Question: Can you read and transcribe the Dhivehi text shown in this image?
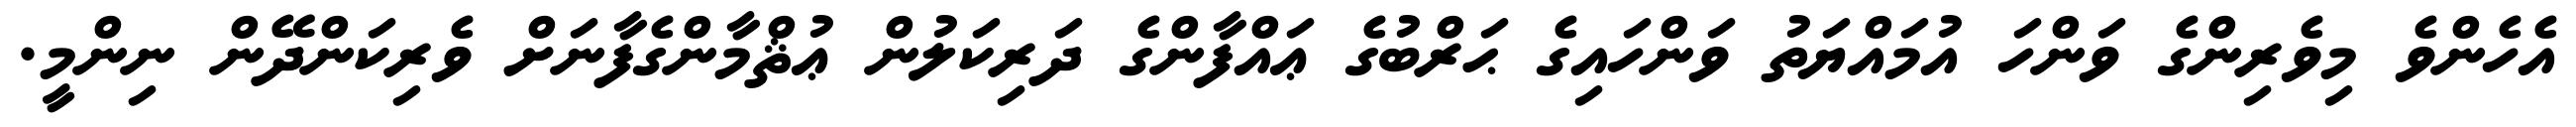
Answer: އެހެންވެ މިވެރިންގެ ވަންހަ އުމައްޔަތު ވަންހައިގެ ޙަރްބުގެ ޢައްފާންގެ ދަރިކަލުން ޢުޘްމާންގެފާނަށް ވެރިކަންދޭން ނިންމީ.